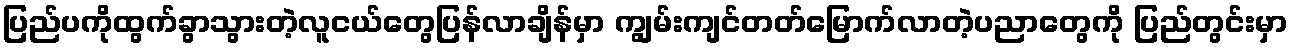
ပြည်ပကိုထွက်ခွာသွားတဲ့လူငယ်တွေပြန်လာချိန်မှာ ကျွမ်းကျင်တတ်မြောက်လာတဲ့ပညာတွေကို ပြည်တွင်းမှာ